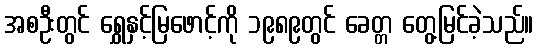
အစဦးတွင် ရွှေနှင့်မြဖောင့်ကို ၁၉၈၉တွင် ခေတ္တ တွေ့မြင်ခဲ့သည်။